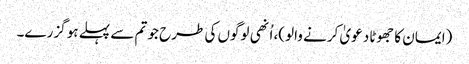
(ایمان کا جھوٹا دعویٰ کرنے والو)، اُنھی لوگوں کی طرح جو تم سے پہلے ہو گزرے۔